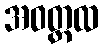
အဝတ္တထ